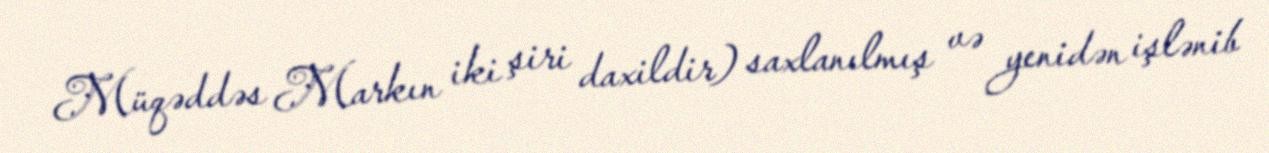
Müqəddəs Markın iki şiri daxildir) saxlanılmış və yenidən işlənib